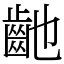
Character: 䶔